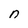
Character: n